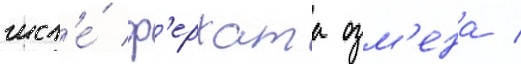
числ'е́ ф'ерхата озм'ена /